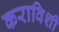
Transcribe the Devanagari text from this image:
कराविशी